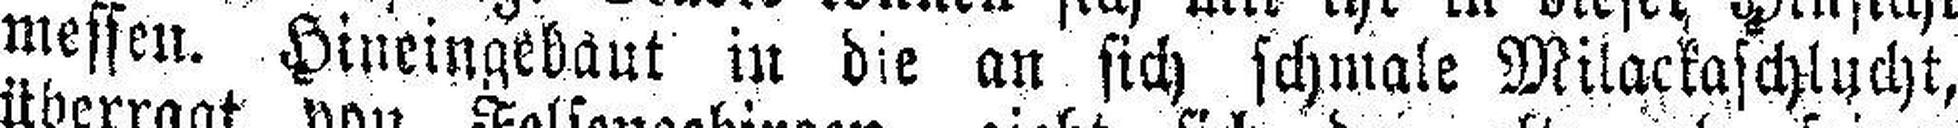
messen. Hineingebaut in die an sich schmale Milackaschlucht,